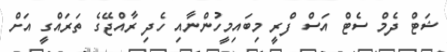
ޝަޓް ދެމް ސެޓް އަސް ފްރީ މިބައިމީހުންނާއި ހެދި ރާއްޖޭގެ ތަރައްގީ އަށް